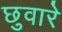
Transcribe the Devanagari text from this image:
छुवारे